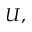
U ,